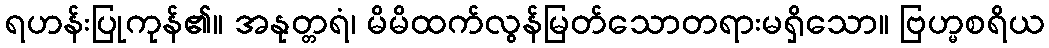
ရဟန်းပြုကုန်၏။ အနုတ္တရံ၊ မိမိထက်လွန်မြတ်သောတရားမရှိသော။ ဗြဟ္မစရိယ